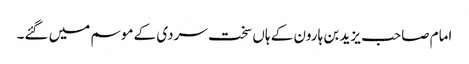
امام صاحب یزید بن ہارون کے ہاں سخت سردی کے موسم میں گئے۔